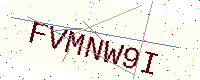
Text: FVMNW9I